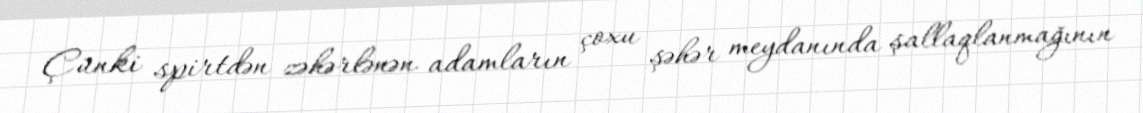
Çünki spirtdən zəhərlənən adamların çoxu şəhər meydanında şallaqlanmağının